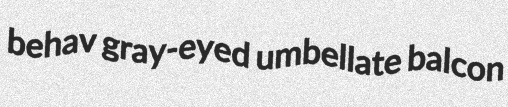
behav gray-eyed umbellate balcon